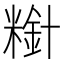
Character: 𫃋